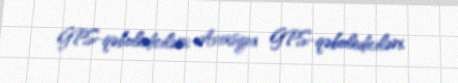
GPS-qəbulediciləri; Aviasiya GPS-qəbulediciləri.